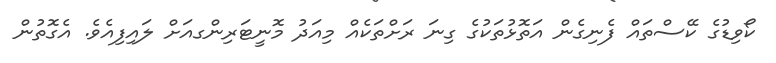
ކޯވިޑުގެ ކޭސްތައް ފެނިގެން އަތޮޅުތަކުގެ ގިނަ ރަށްތަކެއް މިއަދު މޮނީޓަރިންގއަށް ލައިފިއެވެ. އެގޮތުން